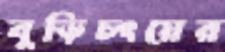
বুড়িচংয়ের